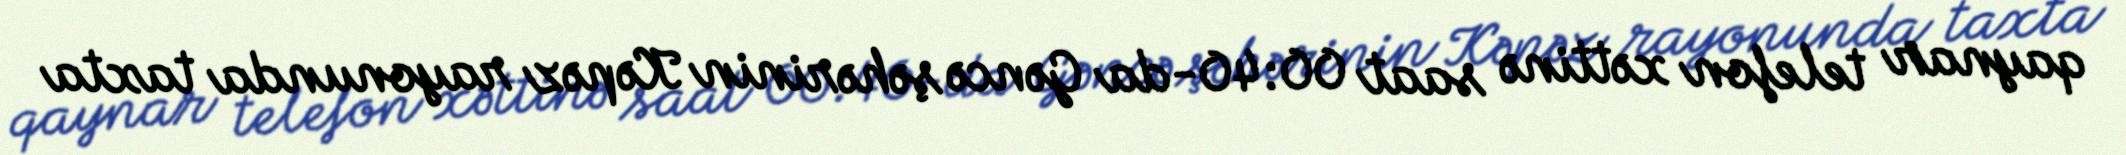
qaynar telefon xəttinə saat 00:40-da Gəncə şəhərinin Kəpəz rayonunda taxta